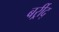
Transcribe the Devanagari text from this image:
बर्र्र्रीद्